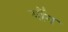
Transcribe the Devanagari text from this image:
यौंग